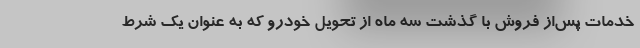
خدمات پس‌از فروش با گذشت سه ماه از تحویل خودرو که به عنوان یک شرط